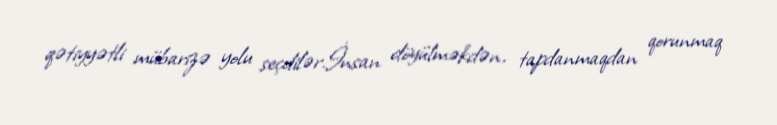
qətiyyətli mübarizə yolu seçdilər.İnsan döyülməkdən, tapdanmaqdan qorunmaq